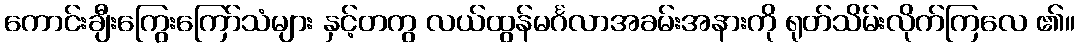
ကောင်းချီးကြွေးကြော်သံများ နှင့်တကွ လယ်ထွန်မင်္ဂလာအခမ်းအနားကို ရုတ်သိမ်းလိုက်ကြလေ ၏။